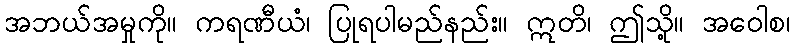
အဘယ်အမှုကို။ ကရဏီယံ၊ ပြုရပါမည်နည်း။ ဣတိ၊ ဤသို့။ အဝေါစ၊